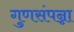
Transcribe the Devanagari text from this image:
गुणसंपन्ना